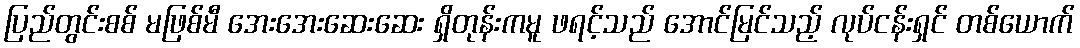
ပြည်တွင်းစစ် မဖြစ်မီ အေးအေးဆေးဆေး ရှိတုန်းကမူ ဖရင့်သည် အောင်မြင်သည့် လုပ်ငန်းရှင် တစ်ယောက်